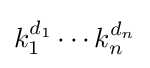
k_{1}^{d_{1}}\cdots k_{n}^{d_{n}}